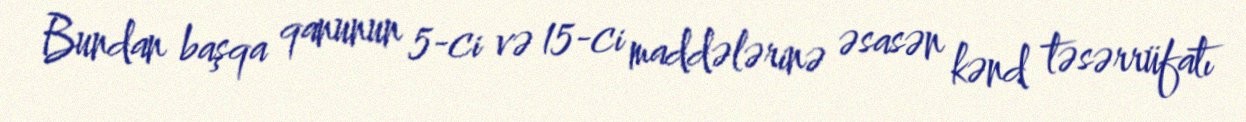
Bundan başqa qanunun 5-ci və 15-ci maddələrinə əsasən kənd təsərrüfatı